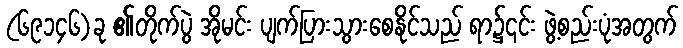
(၆၉၁၄၆)ခု ၏တိုက်ပွဲ အိုမင်း ပျက်ပြားသွားစေနိုင်သည် ရာ၌၎င်း ဖွဲ့စည်းပုံအတွက်